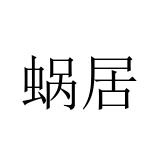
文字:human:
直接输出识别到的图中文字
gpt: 蜗居